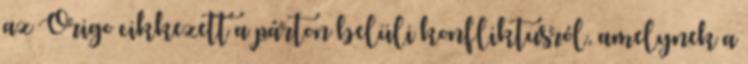
az Origo cikkezett a párton belüli konfliktusról, amelynek a